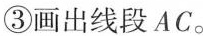
③画出线段AC。